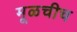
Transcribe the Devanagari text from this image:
मूळचीच